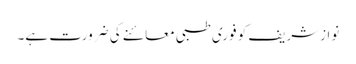
نوازشریف کو فوری طبی معائنے کی ضرورت ہے۔